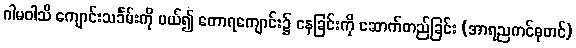
ဂါမဝါသီ ကျောင်းသင်္ခမ်းကို ပယ်၍ တောရကျောင်း၌ နေခြင်းကို ဆောက်တည်ခြင်း (အာရညကင်ဓုတင်)